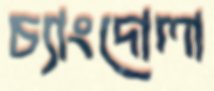
চ্যাংদোলা